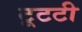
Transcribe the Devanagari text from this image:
टूटटी